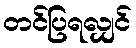
တင်ပြရလျှင်